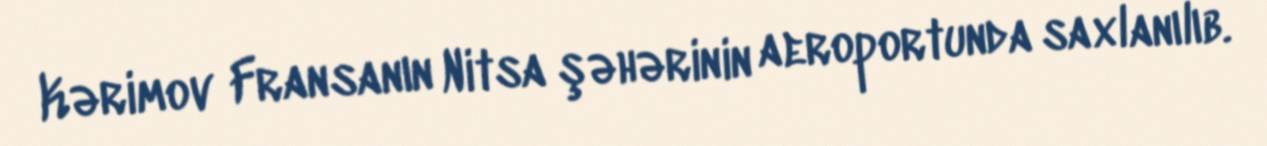
Kərimov Fransanın Nitsa şəhərinin aeroportunda saxlanılıb.